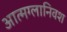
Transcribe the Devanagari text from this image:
आत्मग्लानिवश